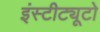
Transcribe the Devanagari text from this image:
इंस्टीट्यूटो